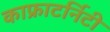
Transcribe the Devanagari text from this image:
काफ्राटर्निटी